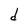
Character: d